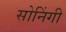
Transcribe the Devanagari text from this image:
सोनिंगी